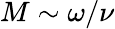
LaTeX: M\sim\omega/\nu